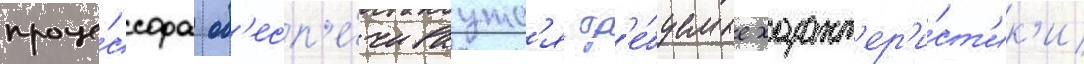
проце́ссора об'есп'е́чиваутс'я тр'е́буемые характ'ер'и́ст'ик'и